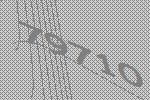
79710